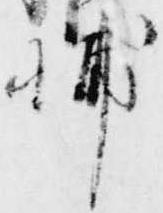
輔